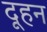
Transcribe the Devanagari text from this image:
दूहन